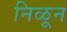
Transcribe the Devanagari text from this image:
निळून